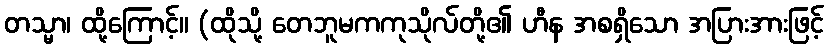
တသ္မာ၊ ထို့ကြောင့်။ (ထိုသို့ တေဘူမကကုသိုလ်တို့၏ ဟီန အစရှိသော အပြားအားဖြင့်